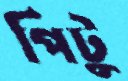
পিটু